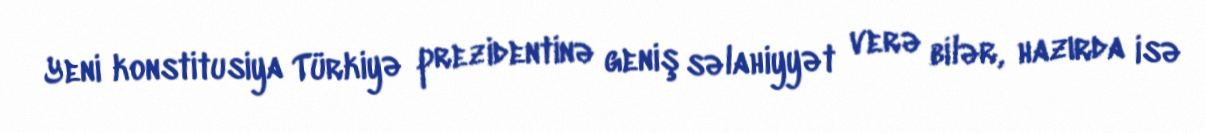
Yeni konstitusiya Türkiyə prezidentinə geniş səlahiyyət verə bilər, hazırda isə